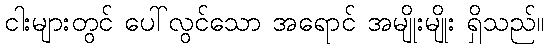
ငါးများတွင် ပေါ်လွင်သော အရောင် အမျိုးမျိုး ရှိသည်။